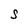
Character: S